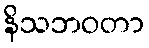
နိသဘဝတာ